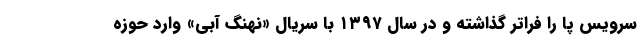
سرویس پا را فراتر گذاشته و در سال ۱۳۹۷ با سریال «نهنگ آبی» وارد حوزه